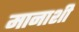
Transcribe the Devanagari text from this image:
मानाशी